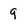
Character: 9